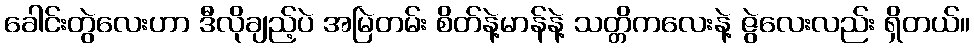
ခေါင်းတွဲလေးဟာ ဒီလိုချည့်ပဲ အမြဲတမ်း စိတ်နဲ့မာန်နဲ့ သတ္တိကလေးနဲ့ ဇွဲလေးလည်း ရှိတယ်။